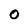
Character: 0